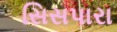
સિસપારા